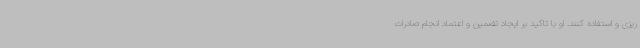
ریزی و استفاده کنند. او با تاکید بر ایجاد تضمین و اعتماد انجام صادرات